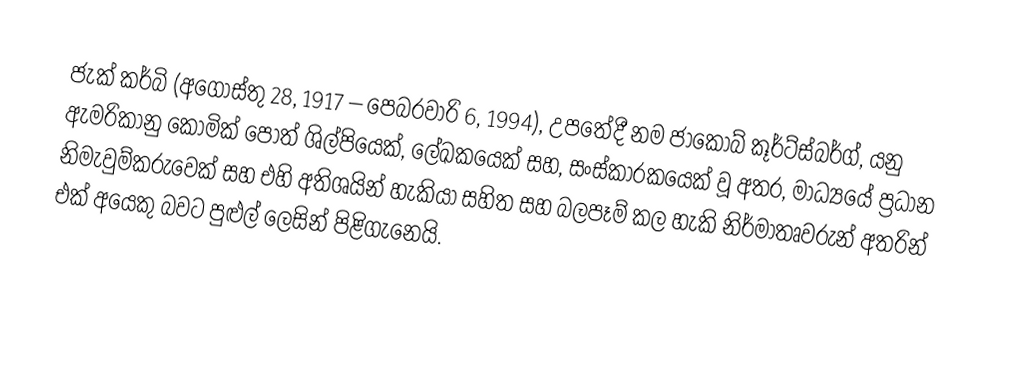
ජැක් කර්බි (අගෝස්තු 28, 1917 – පෙබරවාරි 6, 1994), උපතේදී නම  ජාකොබ් කූර්ට්ස්බර්ග්, යනු  ඇමරිකානු කොමික් පොත් ශිල්පියෙක්, ලේඛකයෙක් සහ, සංස්කාරකයෙක් වූ අතර, මාධ්‍යයේ ප්‍රධාන නිමැවුම්කරුවෙක් සහ එහි අතිශයින් හැකියා සහිත සහ  බලපෑම් කල හැකි නිර්මාතෘවරුන් අතරින් එක් අයෙකු බවට පුළුල් ලෙසින් පිළිගැනෙයි.